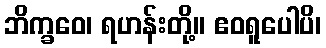
ဘိက္ခဝေ၊ ရဟန်းတို့။ ဧဝရူပေါပိ၊